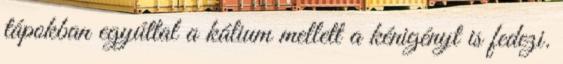
tápokban egyúttal a kálium mellett a kénigényt is fedezi.